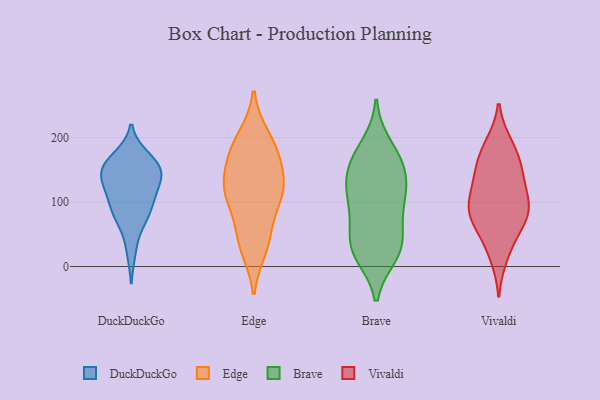
{"axis": {"x": "Demand Index", "y": "Value"}, "legend": ["Brave", "DuckDuckGo", "Edge", "Vivaldi"], "data": [{"x": "", "y": 144, "type": "DuckDuckGo"}, {"x": "", "y": 85, "type": "DuckDuckGo"}, {"x": "", "y": 170, "type": "DuckDuckGo"}, {"x": "", "y": 136, "type": "DuckDuckGo"}, {"x": "", "y": 149, "type": "DuckDuckGo"}, {"x": "", "y": 164, "type": "DuckDuckGo"}, {"x": "", "y": 148, "type": "DuckDuckGo"}, {"x": "", "y": 163, "type": "DuckDuckGo"}, {"x": "", "y": 94, "type": "DuckDuckGo"}, {"x": "", "y": 111, "type": "DuckDuckGo"}, {"x": "", "y": 109, "type": "DuckDuckGo"}, {"x": "", "y": 70, "type": "DuckDuckGo"}, {"x": "", "y": 24, "type": "DuckDuckGo"}, {"x": "", "y": 124, "type": "DuckDuckGo"}, {"x": "", "y": 145, "type": "DuckDuckGo"}, {"x": "", "y": 74, "type": "DuckDuckGo"}, {"x": "", "y": 120, "type": "Edge"}, {"x": "", "y": 46, "type": "Edge"}, {"x": "", "y": 114, "type": "Edge"}, {"x": "", "y": 109, "type": "Edge"}, {"x": "", "y": 120, "type": "Edge"}, {"x": "", "y": 153, "type": "Edge"}, {"x": "", "y": 29, "type": "Edge"}, {"x": "", "y": 200, "type": "Edge"}, {"x": "", "y": 42, "type": "Edge"}, {"x": "", "y": 179, "type": "Edge"}, {"x": "", "y": 190, "type": "Edge"}, {"x": "", "y": 105, "type": "Edge"}, {"x": "", "y": 163, "type": "Edge"}, {"x": "", "y": 28, "type": "Brave"}, {"x": "", "y": 116, "type": "Brave"}, {"x": "", "y": 152, "type": "Brave"}, {"x": "", "y": 94, "type": "Brave"}, {"x": "", "y": 144, "type": "Brave"}, {"x": "", "y": 30, "type": "Brave"}, {"x": "", "y": 168, "type": "Brave"}, {"x": "", "y": 43, "type": "Brave"}, {"x": "", "y": 114, "type": "Brave"}, {"x": "", "y": 19, "type": "Brave"}, {"x": "", "y": 25, "type": "Brave"}, {"x": "", "y": 187, "type": "Brave"}, {"x": "", "y": 160, "type": "Brave"}, {"x": "", "y": 72, "type": "Brave"}, {"x": "", "y": 108, "type": "Brave"}, {"x": "", "y": 33, "type": "Vivaldi"}, {"x": "", "y": 185, "type": "Vivaldi"}, {"x": "", "y": 77, "type": "Vivaldi"}, {"x": "", "y": 142, "type": "Vivaldi"}, {"x": "", "y": 67, "type": "Vivaldi"}, {"x": "", "y": 101, "type": "Vivaldi"}, {"x": "", "y": 16, "type": "Vivaldi"}, {"x": "", "y": 88, "type": "Vivaldi"}, {"x": "", "y": 137, "type": "Vivaldi"}, {"x": "", "y": 189, "type": "Vivaldi"}, {"x": "", "y": 152, "type": "Vivaldi"}, {"x": "", "y": 95, "type": "Vivaldi"}, {"x": "", "y": 123, "type": "Vivaldi"}, {"x": "", "y": 72, "type": "Vivaldi"}, {"x": "", "y": 87, "type": "Vivaldi"}, {"x": "", "y": 170, "type": "Vivaldi"}]}